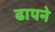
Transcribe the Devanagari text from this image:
ढापने